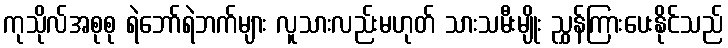
ကုသိုလ်အစုစု ရဲဘော်ရဲဘက်များ လူသားလည်းမဟုတ် သားသမီးမျိုး ညွှန်ကြားပေးနိုင်သည်